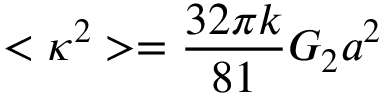
< \kappa ^ { 2 } > = \frac { 3 2 \pi k } { 8 1 } G _ { 2 } a ^ { 2 }